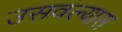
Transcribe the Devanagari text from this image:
उसवल्यास